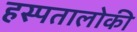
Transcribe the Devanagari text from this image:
हस्पतालोकी